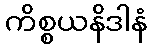
ကိစ္စယနိဒါနံ